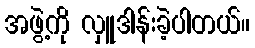
အဖွဲ့ကို လှူဒါန်းခဲ့ပါတယ်။